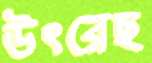
উৎরেছ